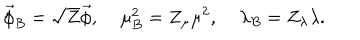
\vec { \phi } _ { B } = \sqrt { Z } \vec { \phi } , \; \mu _ { B } ^ { 2 } = Z _ { \mu } \mu ^ { 2 } , \; \lambda _ { B } = Z _ { \lambda } \lambda .